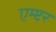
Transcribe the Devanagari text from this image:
एम्प्टर